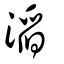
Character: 滔